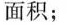
面积；